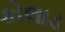
કોલાડ